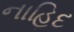
નાહિદ